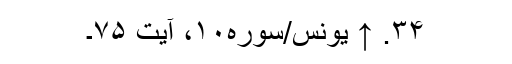
۳۴. ↑ یونس/سوره۱۰، آیت ۷۵۔